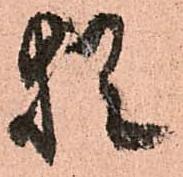
猶